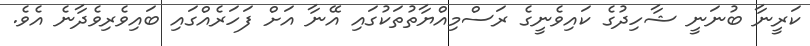
ކަރީނާ ބުނަނީ ޝާހިދުގެ ކައިވެނީގެ ރަސްމިއްޔާތުތަކުގައި އޭނާ އަށް ފަހަރެއްގައި ބައިވެރިވެދާނެ އެވެ.